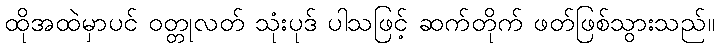
ထိုအထဲမှာပင် ဝတ္တုလတ် သုံးပုဒ် ပါသဖြင့် ဆက်တိုက် ဖတ်ဖြစ်သွားသည်။